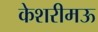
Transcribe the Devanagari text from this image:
केशरीमऊ